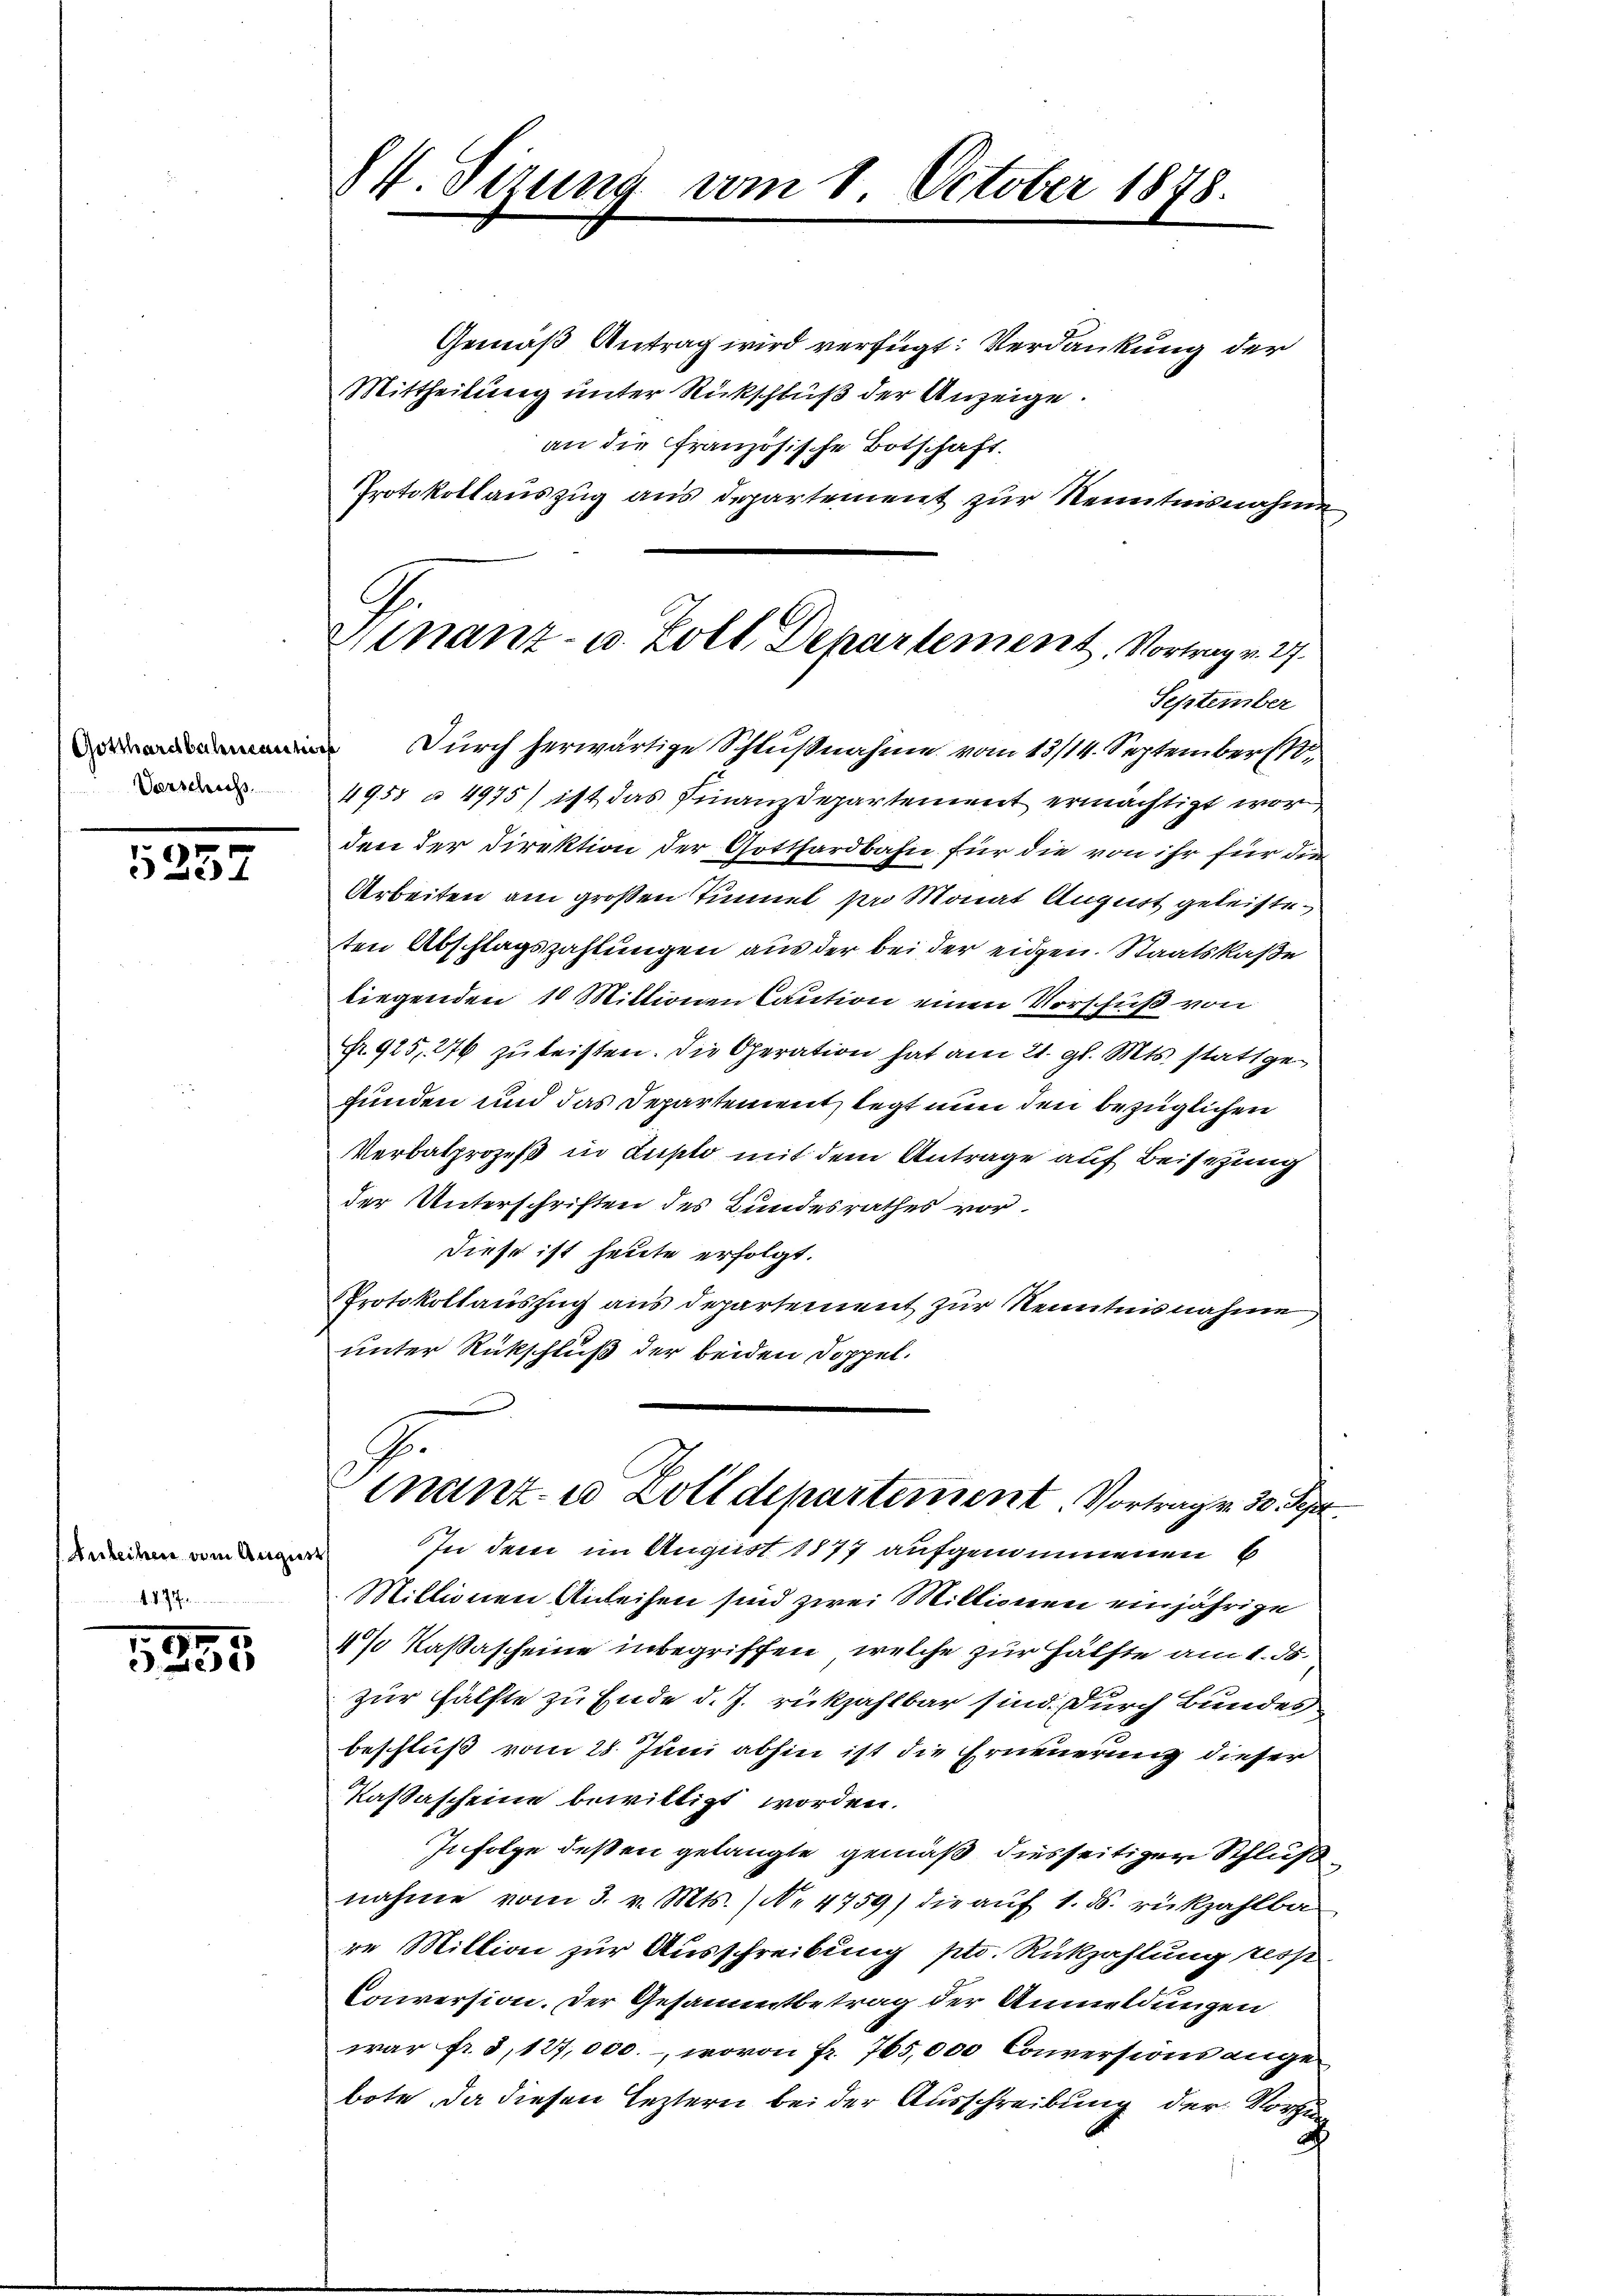
Verschuss

1257

Anleihen vom August
t. d. 7.

1.
2

84. Sizung vom 1. October 1878.

Gemäß Antrag wird verfügt: Verdankung der
Mittheilung unter Rückschluß der Anzeige.
an die Französische Botschaft.
Protokollauszug aus Departement zur Kenntnisnahme
September
Durch herwärtige Schlußnahme vom 13/14. September 18
4955 à 4975) ist das Finanzdepartement ermächtigt wor
den der Direktion der Gotthardbahn für die von ihr für die
Arbeiten am großen Tunnel pro Monat August geleisteten Abschlagszahlungen aus der bei der eidgen. Staatskaße
liegenden 10 Mittionen Caution einen Vorschuß von
Fr. 925,276 zŭ leisten. Die Operation hat am 21. gl. Mts. stattgefunden und das Departement, legt nun den bezüglichen
Verbalprozeß in Zuplo mit dem Antrage auf Beisezung
der Unterschriften des Bundesrathes vor.
Diese ist heute erfolgt.
Protokollauszug aus departement zur Kenntnisnahme,
unter Rückschluß der beiden Doppelmnanz- u Zolldepartement Vortrag v. 30. Sept.
In dem im August 1877 aufgenommenen 6
Millionen Anleihen sind zwei Millionen einjährige
4% Kaßascheine inbegriffen, welche zur Hälfte am 1. ds.
zur Hälfte zu Ende d. J. rükzahlbar sind. Durch Bundes
beschluß vom 28. Juni abhin ist die Erneuerung dieser
Kastascheine bewilligt worden.
Infolge deßen gelangte gemäß diesseitiger Schluß
nahme vom 3. v. Mts. (N. 4759) die auf 1. ds. rückzahlba
re Mittion zur Ausschreibung ptr. Rückzahlung ress
Conversion. Der Gesammtbetrag der Anmeldungen
war fr. 3, 127,000., wovon Fr. 765,000 Conversions ange
bote da diesen leztern bei der Ausschreibung der Vorhin
d

s
Ginanz- u. Zoll Departement. Vortrag v. 27.